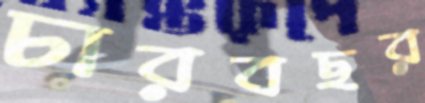
চারবছর